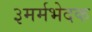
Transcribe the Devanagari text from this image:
३मर्मभेदक